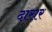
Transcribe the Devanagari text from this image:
दारार